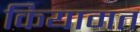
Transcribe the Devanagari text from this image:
कियामत